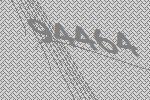
94464